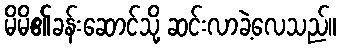
မိမိ၏ခန်းဆောင်သို့ ဆင်းလာခဲ့လေသည်။